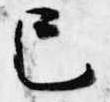
已